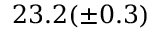
2 3 . 2 ( \pm 0 . 3 )